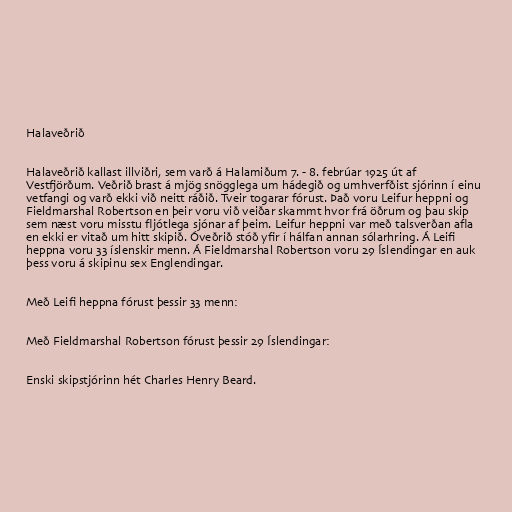
Halaveðrið

Halaveðrið kallast illviðri, sem varð á Halamiðum 7. - 8. febrúar 1925 út af
Vestfjörðum. Veðrið brast á mjög snögglega um hádegið og umhverfðist sjórinn í einu
vetfangi og varð ekki við neitt ráðið. Tveir togarar fórust. Það voru Leifur heppni og
Fieldmarshal Robertson en þeir voru við veiðar skammt hvor frá öðrum og þau skip
sem næst voru misstu fljótlega sjónar af þeim. Leifur heppni var með talsverðan afla
en ekki er vitað um hitt skipið. Óveðrið stóð yfir í hálfan annan sólarhring. Á Leifi
heppna voru 33 íslenskir menn. Á Fieldmarshal Robertson voru 29 Íslendingar en auk
þess voru á skipinu sex Englendingar.

Með Leifi heppna fórust þessir 33 menn:

Með Fieldmarshal Robertson fórust þessir 29 Íslendingar:

Enski skipstjórinn hét Charles Henry Beard.